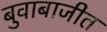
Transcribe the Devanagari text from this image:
बुवाबाजीत